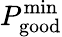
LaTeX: P_{\mathrm{good}}^{\mathrm{min}}